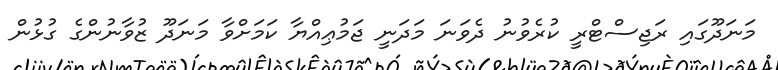
މަނަދޫގައި ރަޖިސްޓްރީ ކުރެވުނު ދެވަނަ މަދަނީ ޖަމުޢިއްޔާ ކަމަށްވާ މަނަދޫ ޒުވާނުންގެ ގުޅުން